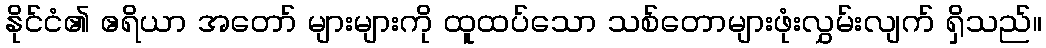
နိုင်ငံ၏ ဧရိယာ အတော် များများကို ထူထပ်သော သစ်တောများဖုံးလွှမ်းလျက် ရှိသည်။